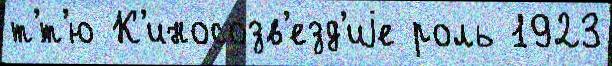
т'́т'ю К'иносозв'езд'иjе роль 1923